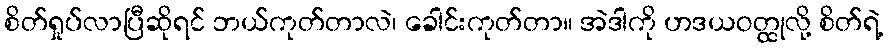
စိတ်ရှုပ်လာပြီဆိုရင် ဘယ်ကုတ်တာလဲ၊ ခေါင်းကုတ်တာ။ အဲဒါကို ဟဒယဝတ္ထုလို့ စိတ်ရဲ့